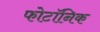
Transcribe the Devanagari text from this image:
फोटॉनिक